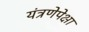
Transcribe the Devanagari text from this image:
यंत्रणेपेक्षा